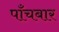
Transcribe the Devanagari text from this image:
पाँचबार